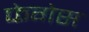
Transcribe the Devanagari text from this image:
फेगेस